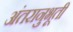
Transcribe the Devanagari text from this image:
अंतरानुभूती